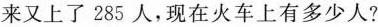
来又上了285人，现在火车上有多少人?